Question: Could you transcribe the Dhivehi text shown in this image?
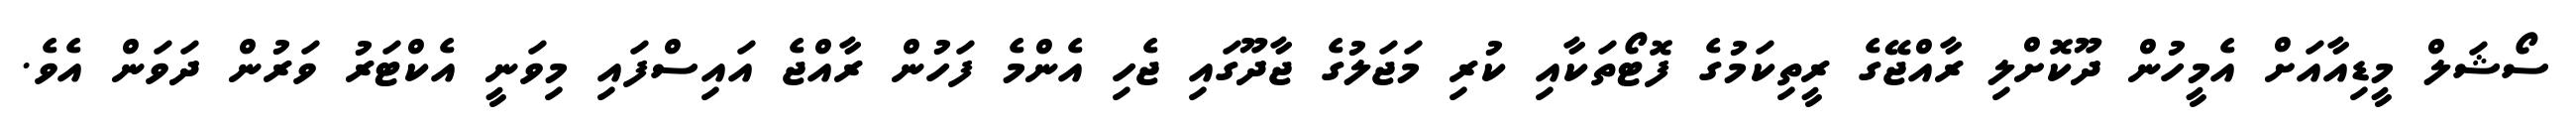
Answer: ސޯޝަލް މީޑިއާއަށް އެމީހުން ދޫކޮށްލި ރާއްޖޭގެ ރީތިކަމުގެ ފޮޓޯތަކާއި ކުރި މަޖަލުގެ ޖާދޫގައި ޖެހި އެންމެ ފަހުން ރާއްޖެ އައިސްފައި މިވަނީ އެކްޓަރު ވަރުން ދަވަން އެވެ.